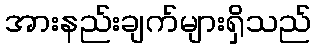
အားနည်းချက်များရှိသည်